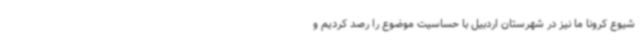
شیوع کرونا ما نیز در شهرستان اردبیل با حساسیت موضوع را رصد کردیم و